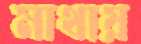
মাথায়